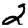
Digit: 2